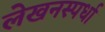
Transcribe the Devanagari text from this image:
लेखनस्पर्धा